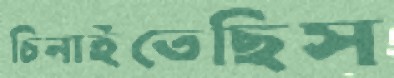
চিনাইতেছিস